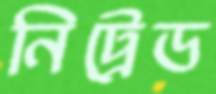
নিট্রেড